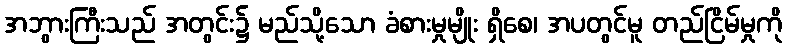
အဘွားကြီးသည် အတွင်း၌ မည်သို့သော ခံစားမှုမျိုး ရှိစေ၊ အပတွင်မူ တည်ငြိမ်မှုကို